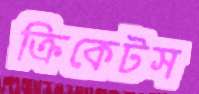
ক্রিকেটস